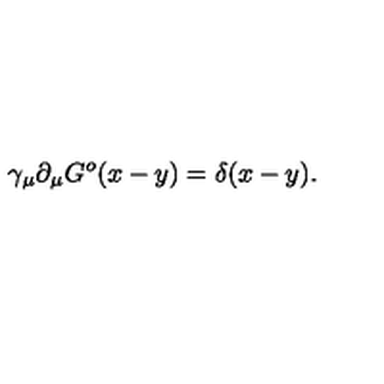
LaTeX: \gamma _ { \mu } \partial _ { \mu } G ^ { o } ( x - y ) = \delta ( x - y ) .